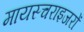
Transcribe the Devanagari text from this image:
मायस्चराइजरों